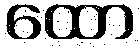
ထော